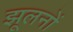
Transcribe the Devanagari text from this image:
झूलनों